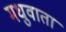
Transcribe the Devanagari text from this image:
मधुवाता